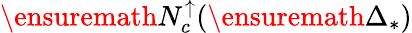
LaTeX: \ensuremath{N_{c}^{\uparrow}}(\ensuremath{\Delta_{*}})